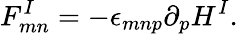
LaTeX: F_{mn}^{I}=-\epsilon_{mnp}\partial_{p}H^{I}.